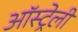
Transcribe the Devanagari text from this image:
ऑस्ट्रेली